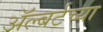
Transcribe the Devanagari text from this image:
ॲल्बर्टच्या